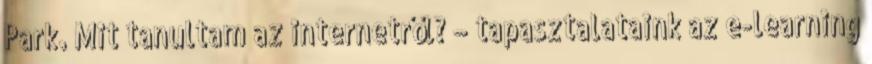
Park. Mit tanultam az internetről? – tapasztalataink az e-learning